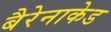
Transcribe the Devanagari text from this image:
बैरेनाकेड